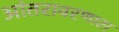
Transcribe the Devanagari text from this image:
आंतरावरणास